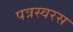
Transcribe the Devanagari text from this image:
पत्रस्वरस